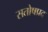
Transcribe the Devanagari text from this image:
सतोषप्रद